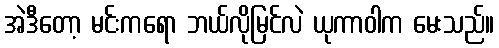
အဲဒီတော့ မင်းကရော ဘယ်လိုမြင်လဲ ယုကာဝါက မေးသည်။